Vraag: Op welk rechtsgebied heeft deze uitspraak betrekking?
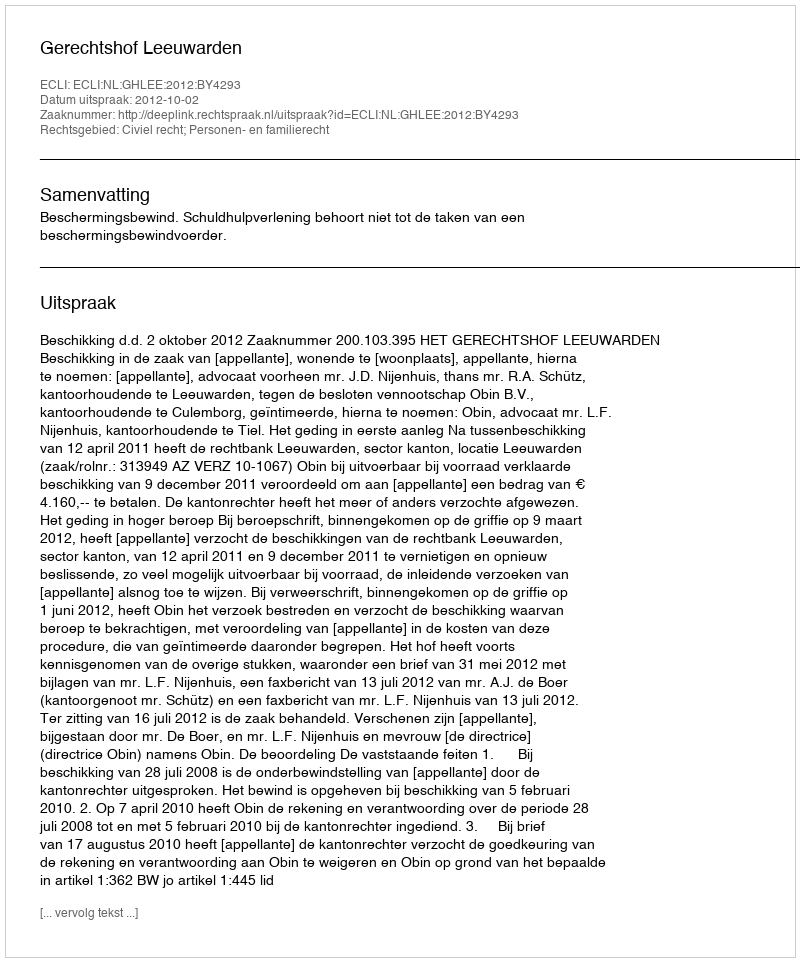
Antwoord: Civiel recht; Personen- en familierecht